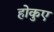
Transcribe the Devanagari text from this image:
होकुए